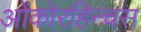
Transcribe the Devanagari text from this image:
ओंकोरहिन्चस